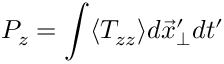
P _ { z } = \int \langle T _ { z z } \rangle d \vec { x } _ { \perp } ^ { \prime } d t ^ { \prime }